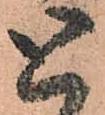
と